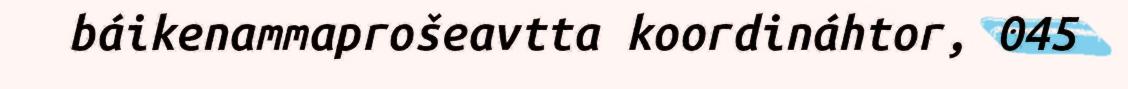
báikenammaprošeavtta koordináhtor, 045